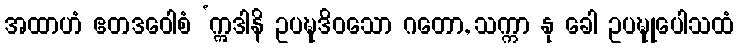
အထာဟံ ဧတဒဝေါစံ ‘ဣဒါနိ ဥပဍ္ဎဒိဝသော ဂတော, သက္ကာ နု ခေါ ဥပဍ္ဎုပေါသထံ